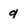
Character: g